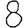
Digit: 8